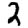
Digit: 2